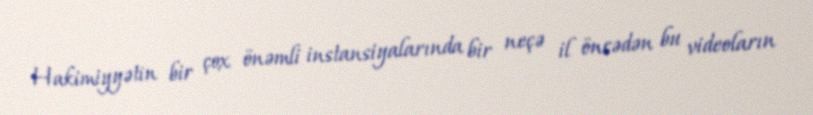
Hakimiyyətin bir çox önəmli instansiyalarında bir neçə il öncədən bu videoların